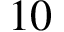
1 0